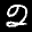
Label: 2